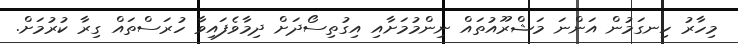
މިހާރު ހިނގަމުން އަންނަ މަޝްރޫއުތައް ނިންމުމަށާއި އިގުތިސޯދަށް ދިމާވެފައިވާ ހުރަސްތައް ގިރާ ކުރުމަށް.